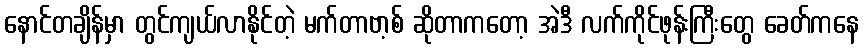
နောင်တချိန်မှာ တွင်ကျယ်လာနိုင်တဲ့ မက်တာဗာ့စ် ဆိုတာကတော့ အဲဒီ လက်ကိုင်ဖုန်းကြီးတွေ ခေတ်ကနေ